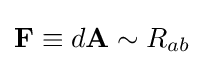
\mathbf {F} \equiv d\mathbf {A} \sim R_{ab}